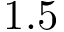
1 . 5